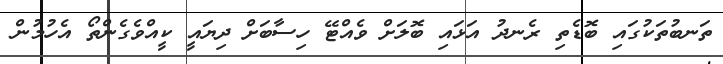
ތަނބުތަކުގައި ބޮޑެތި ރެނދު އަޅައި ބޮލަށް ވެއްޓޭ ހިސާބަށް ދިޔައީ ކީއްވެގެންތޯ އެހުމުން